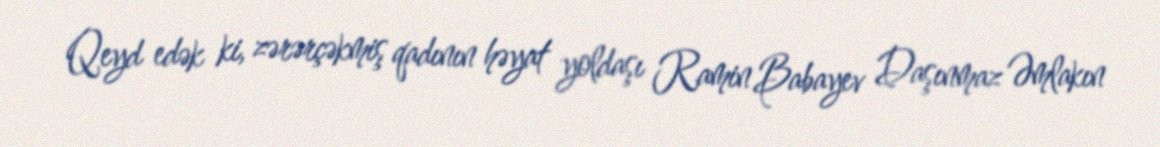
Qeyd edək ki, zərərçəkmiş qadının həyat yoldaşı Ramin Babayev Daşınmaz Əmlakın